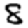
Digit: 8